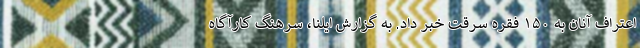
اعتراف آنان به ۱۵۰ فقره سرقت خبر داد. به گزارش ایلنا، سرهنگ کارآگاه